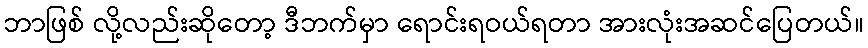
ဘာဖြစ် လို့လည်းဆိုတော့ ဒီဘက်မှာ ရောင်းရဝယ်ရတာ အားလုံးအဆင်ပြေတယ်။